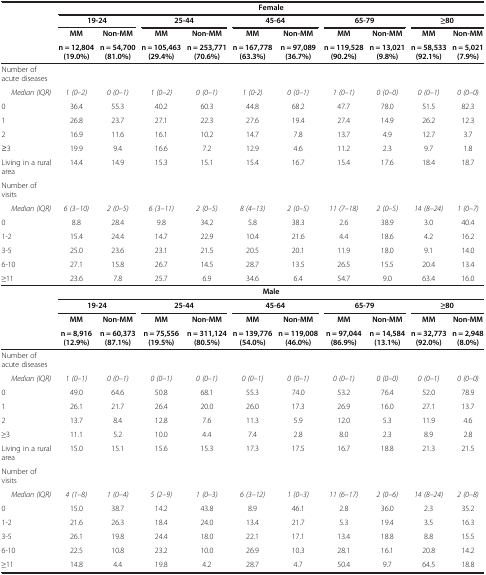
<table><thead><tr><td><b> </b></td><td colspan="10"><b>Female</b></td></tr><tr><td><b> </b></td><td colspan="2"><b>19-24</b></td><td colspan="2"><b>25-44</b></td><td colspan="2"><b>45-64</b></td><td colspan="2"><b>65-79</b></td><td colspan="2"><b>≥80</b></td></tr><tr><td><b> </b></td><td><b>MM</b></td><td><b>Non-MM</b></td><td><b>MM</b></td><td><b>Non-MM</b></td><td><b>MM</b></td><td><b>Non-MM</b></td><td><b>MM</b></td><td><b>Non-MM</b></td><td><b>MM</b></td><td><b>Non-MM</b></td></tr><tr><td><b> </b></td><td><b>n = 12,804 (19.0%)</b></td><td><b>n = 54,700 (81.0%)</b></td><td><b>n = 105,463 (29.4%)</b></td><td><b>n = 253,771 (70.6%)</b></td><td><b>n = 167,778 (63.3%)</b></td><td><b>n = 97,089 (36.7%)</b></td><td><b>n = 119,528 (90.2%)</b></td><td><b>n = 13,021 (9.8%)</b></td><td><b>n = 58,533 (92.1%)</b></td><td><b>n = 5,021 (7.9%)</b></td></tr></thead><tbody><tr><td>Number of acute diseases</td><td> </td><td> </td><td> </td><td> </td><td> </td><td> </td><td> </td><td> </td><td> </td><td> </td></tr><tr><td><i>Median (IQR)</i></td><td><i>1 (0–2)</i></td><td><i>0 (0–1)</i></td><td><i>1 (0–2)</i></td><td><i>0 (0–1)</i></td><td><i>1 (0-2)</i></td><td><i>0 (0–1)</i></td><td><i>1 (0–1)</i></td><td><i>0 (0–0)</i></td><td><i>0 (0–1)</i></td><td><i>0 (0–0)</i></td></tr><tr><td>0</td><td>36.4</td><td>55.3</td><td>40.2</td><td>60.3</td><td>44.8</td><td>68.2</td><td>47.7</td><td>78.0</td><td>51.5</td><td>82.3</td></tr><tr><td>1</td><td>26.8</td><td>23.7</td><td>27.1</td><td>22.3</td><td>27.6</td><td>19.4</td><td>27.4</td><td>14.9</td><td>26.2</td><td>12.3</td></tr><tr><td>2</td><td>16.9</td><td>11.6</td><td>16.1</td><td>10.2</td><td>14.7</td><td>7.8</td><td>13.7</td><td>4.9</td><td>12.7</td><td>3.7</td></tr><tr><td>≥3</td><td>19.9</td><td>9.4</td><td>16.6</td><td>7.2</td><td>12.9</td><td>4.6</td><td>11.2</td><td>2.3</td><td>9.7</td><td>1.8</td></tr><tr><td>Living in a rural area</td><td>14.4</td><td>14.9</td><td>15.3</td><td>15.1</td><td>15.4</td><td>16.7</td><td>15.4</td><td>17.6</td><td>18.4</td><td>18.7</td></tr><tr><td>Number of visits</td><td> </td><td> </td><td> </td><td> </td><td> </td><td> </td><td> </td><td> </td><td> </td><td> </td></tr><tr><td><i>Median (IQR)</i></td><td><i>6 (3–10)</i></td><td><i>2 (0–5)</i></td><td><i>6 (3–11)</i></td><td><i>2 (0–5)</i></td><td><i>8 (4–13)</i></td><td><i>2 (0–5)</i></td><td><i>11 (7–18)</i></td><td><i>2 (0–5)</i></td><td><i>14 (8–24)</i></td><td><i>1 (0–7)</i></td></tr><tr><td>0</td><td>8.8</td><td>28.4</td><td>9.8</td><td>34.2</td><td>5.8</td><td>38.3</td><td>2.6</td><td>38.9</td><td>3.0</td><td>40.4</td></tr><tr><td>1-2</td><td>15.4</td><td>24.4</td><td>14.7</td><td>22.9</td><td>10.4</td><td>21.6</td><td>4.4</td><td>18.6</td><td>4.2</td><td>16.2</td></tr><tr><td>3-5</td><td>25.0</td><td>23.6</td><td>23.1</td><td>21.5</td><td>20.5</td><td>20.1</td><td>11.9</td><td>18.0</td><td>9.1</td><td>14.0</td></tr><tr><td>6-10</td><td>27.1</td><td>15.8</td><td>26.7</td><td>14.5</td><td>28.7</td><td>13.5</td><td>26.5</td><td>15.5</td><td>20.4</td><td>13.4</td></tr><tr><td>≥11</td><td>23.6</td><td>7.8</td><td>25.7</td><td>6.9</td><td>34.6</td><td>6.4</td><td>54.7</td><td>9.0</td><td>63.4</td><td>16.0</td></tr><tr><td> </td><td colspan="10"><b>Male</b></td></tr><tr><td> </td><td colspan="2"><b>19-24</b></td><td colspan="2"><b>25-44</b></td><td colspan="2"><b>45-64</b></td><td colspan="2"><b>65-79</b></td><td colspan="2"><b>≥80</b></td></tr><tr><td> </td><td><b>MM</b></td><td><b>Non-MM</b></td><td><b>MM</b></td><td><b>Non-MM</b></td><td><b>MM</b></td><td><b>Non-MM</b></td><td><b>MM</b></td><td><b>Non-MM</b></td><td><b>MM</b></td><td><b>Non-MM</b></td></tr><tr><td> </td><td><b>n = 8,916 (12.9%)</b></td><td><b>n = 60,373 (87.1%)</b></td><td><b>n = 75,556 (19.5%)</b></td><td><b>n = 311,124 (80.5%)</b></td><td><b>n = 139,776 (54.0%)</b></td><td><b>n = 119,008 (46.0%)</b></td><td><b>n = 97,044 (86.9%)</b></td><td><b>n = 14,584 (13.1%)</b></td><td><b>n = 32,773 (92.0%)</b></td><td><b>n = 2,948 (8.0%)</b></td></tr><tr><td>Number of acute diseases</td><td> </td><td> </td><td> </td><td> </td><td> </td><td> </td><td> </td><td> </td><td> </td><td> </td></tr><tr><td><i>Median (IQR)</i></td><td><i>1 (0–1)</i></td><td><i>0 (0–1)</i></td><td><i>0 (0–1)</i></td><td><i>0 (0–1)</i></td><td><i>0 (0–1)</i></td><td><i>0 (0–1)</i></td><td><i>0 (0–1)</i></td><td><i>0 (0–0)</i></td><td><i>0 (0–1)</i></td><td><i>0 (0–0)</i></td></tr><tr><td>0</td><td>49.0</td><td>64.6</td><td>50.8</td><td>68.1</td><td>55.3</td><td>74.0</td><td>53.2</td><td>76.4</td><td>52.0</td><td>78.9</td></tr><tr><td>1</td><td>26.1</td><td>21.7</td><td>26.4</td><td>20.0</td><td>26.0</td><td>17.3</td><td>26.9</td><td>16.0</td><td>27.1</td><td>13.7</td></tr><tr><td>2</td><td>13.7</td><td>8.4</td><td>12.8</td><td>7.6</td><td>11.3</td><td>5.9</td><td>12.0</td><td>5.3</td><td>11.9</td><td>4.6</td></tr><tr><td>≥3</td><td>11.1</td><td>5.2</td><td>10.0</td><td>4.4</td><td>7.4</td><td>2.8</td><td>8.0</td><td>2.3</td><td>8.9</td><td>2.8</td></tr><tr><td>Living in a rural area</td><td>15.0</td><td>15.1</td><td>15.6</td><td>15.3</td><td>17.3</td><td>17.5</td><td>16.7</td><td>18.8</td><td>21.3</td><td>21.5</td></tr><tr><td>Number of visits</td><td> </td><td> </td><td> </td><td> </td><td> </td><td> </td><td> </td><td> </td><td> </td><td> </td></tr><tr><td><i>Median (IQR)</i></td><td><i>4 (1–8)</i></td><td><i>1 (0–4)</i></td><td><i>5 (2–9)</i></td><td><i>1 (0–3)</i></td><td><i>6 (3–12)</i></td><td><i>1 (0–3)</i></td><td><i>11 (6–17)</i></td><td><i>2 (0–6)</i></td><td><i>14 (8–24)</i></td><td><i>2 (0–8)</i></td></tr><tr><td>0</td><td>15.0</td><td>38.7</td><td>14.2</td><td>43.8</td><td>8.9</td><td>46.1</td><td>2.8</td><td>36.0</td><td>2.3</td><td>35.2</td></tr><tr><td>1-2</td><td>21.6</td><td>26.3</td><td>18.4</td><td>24.0</td><td>13.4</td><td>21.7</td><td>5.3</td><td>19.4</td><td>3.5</td><td>16.3</td></tr><tr><td>3-5</td><td>26.1</td><td>19.8</td><td>24.4</td><td>18.0</td><td>22.1</td><td>17.1</td><td>13.4</td><td>18.8</td><td>8.8</td><td>15.5</td></tr><tr><td>6-10</td><td>22.5</td><td>10.8</td><td>23.2</td><td>10.0</td><td>26.9</td><td>10.3</td><td>28.1</td><td>16.1</td><td>20.8</td><td>14.2</td></tr><tr><td>≥11</td><td>14.8</td><td>4.4</td><td>19.8</td><td>4.2</td><td>28.7</td><td>4.7</td><td>50.4</td><td>9.7</td><td>64.5</td><td>18.8</td></tr></tbody></table>